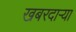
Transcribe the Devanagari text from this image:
खबरदाऱ्या